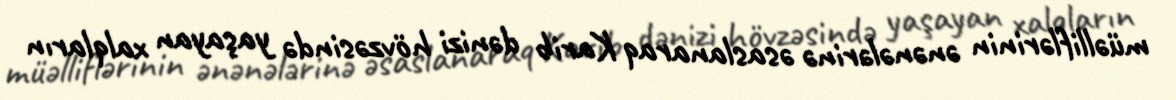
müəlliflərinin ənənələrinə əsaslanaraq Karib dənizi hövzəsində yaşayan xalqların